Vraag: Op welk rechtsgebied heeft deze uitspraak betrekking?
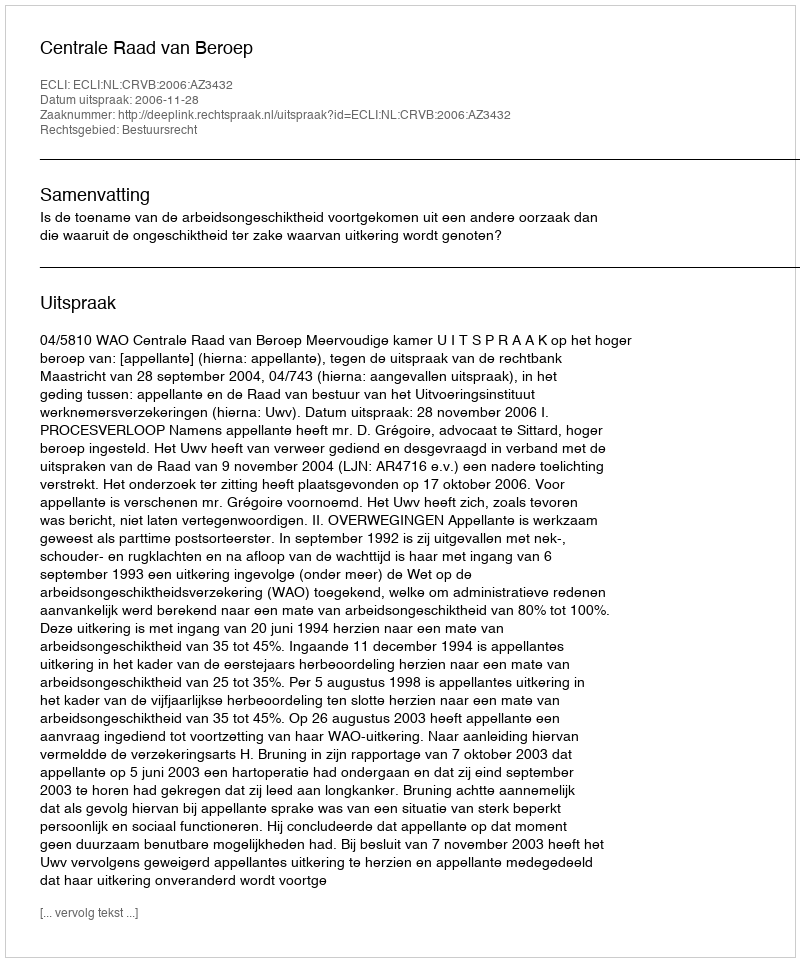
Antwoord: Bestuursrecht